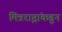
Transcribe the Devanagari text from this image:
मित्रराष्ट्रांकडून